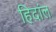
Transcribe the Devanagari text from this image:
हिदांल